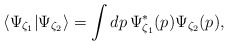
\begin{align*}\langle \Psi_{\zeta_1}|\Psi_{\zeta_2} \rangle=\int dp\,\Psi_{\zeta_1}^*(p)\Psi_{\zeta_2}(p),\end{align*}